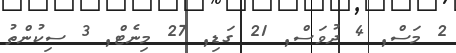
2 މަސް